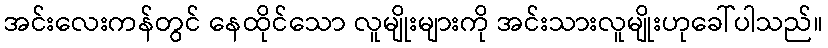
အင်းလေးကန်တွင် နေထိုင်သော လူမျိုးများကို အင်းသားလူမျိုးဟုခေါ်ပါသည်။